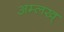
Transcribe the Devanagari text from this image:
अम्लख्